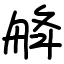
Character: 舽